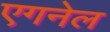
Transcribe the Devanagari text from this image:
एगनेल